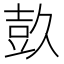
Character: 𭐕